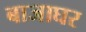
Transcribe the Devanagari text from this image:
बाजाघर